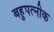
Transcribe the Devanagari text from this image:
बहुपत्‍नीक